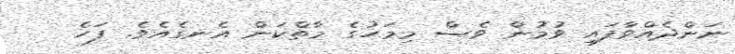
ނަންދެއްވާފައި ވުމުން ވެސް މިމަހުގެ މާތްކަން އެނގެއެވެ. ފަހެ